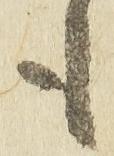
も